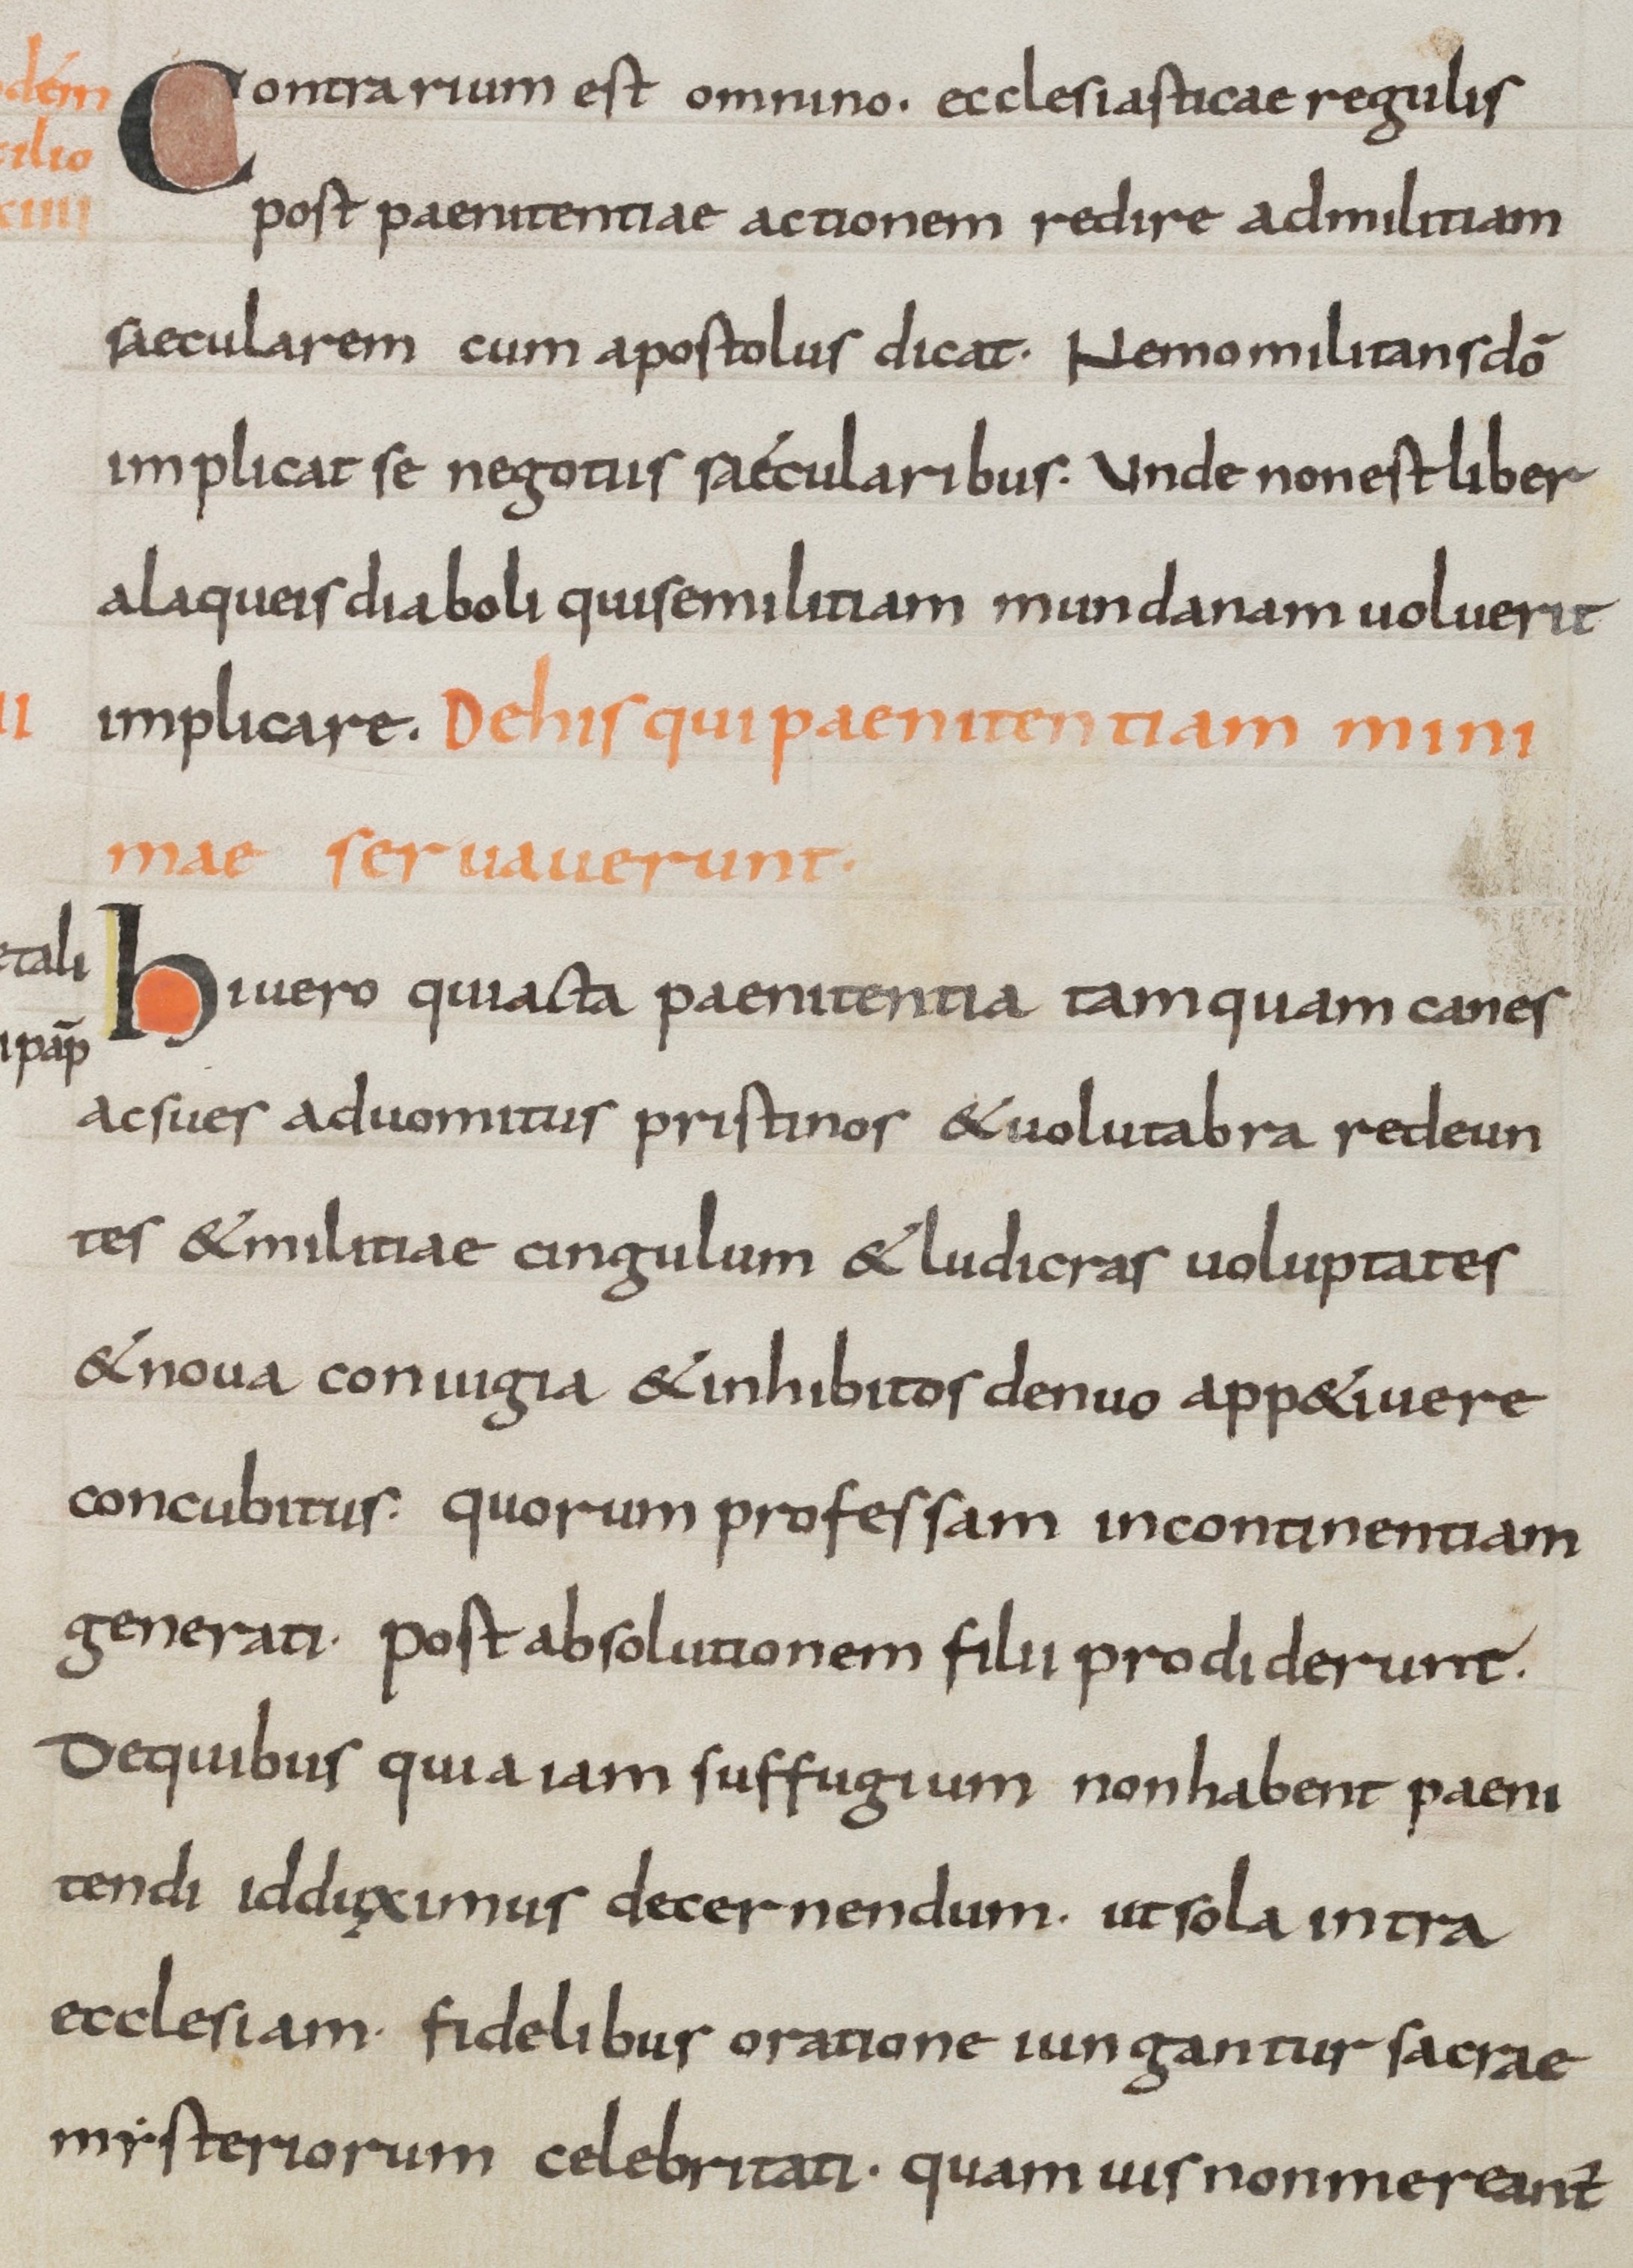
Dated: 800–899